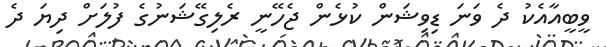
ވީބީއާއެކު ދެ ވަނަ ޑިވިޝަން ކުޅެން ޖެހޭނީ ރެލިގޭޝަނުގެ ފުލަށް ދިޔަ ދެ